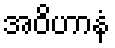
အဝိဟာနံ